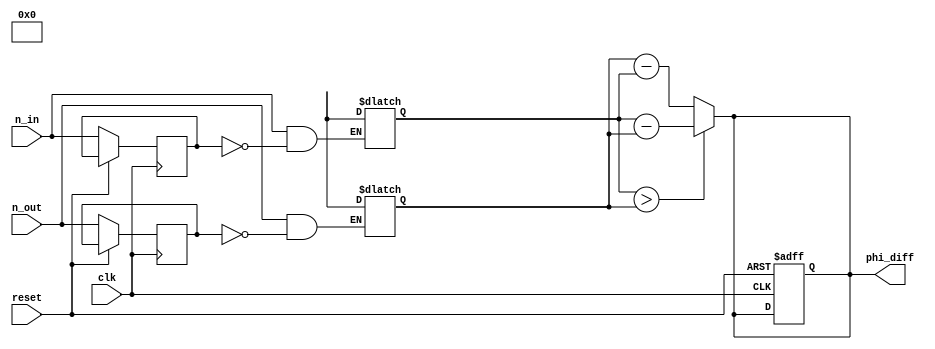
`timescale 1ns / 1ps

module phase_calculator(
  input clk,        
  input reset,       
  input n_in,         
  input n_out,        
  output reg [15:0] phi_diff 
);

  reg n_in_prev;            
  reg n_out_prev;           
  reg [15:0] n_in_time;     
  reg [15:0] n_out_time;   
  wire rising_edge_n_in;    
  wire rising_edge_n_out;   

  assign rising_edge_n_in = (n_in & ~n_in_prev);
  assign rising_edge_n_out = (n_out & ~n_out_prev);
  always @(*) begin
   if(rising_edge_n_in) n_in_time <=  $time;  
   if(rising_edge_n_out) n_out_time <= $time;
   end  
   
  always @(posedge clk or posedge reset) begin 
  if(reset) phi_diff<=16'b0;
  else begin
   n_in_prev <= n_in;
   n_out_prev <= n_out;
   end
   end
 always @(*) begin
  if(n_in_time > n_out_time) phi_diff <= n_in_time - n_out_time;
  else phi_diff <= n_out_time - n_in_time;
  end
endmodule